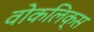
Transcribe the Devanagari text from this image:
वोकलिक्स